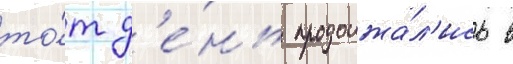
то́т д'е́нь продолжа́л'ись в